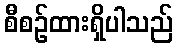
စီစဉ်ထားရှိပါသည်